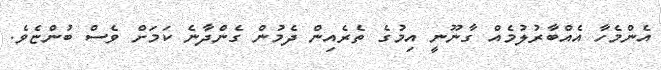
އެންމެހާ އެއްބާރުލުމެއް ގާނޫނީ އިމުގެ ތެރެއިން ދެމުން ގެންދާނެ ކަމަށް ވެސް ބުންޏެވެ.